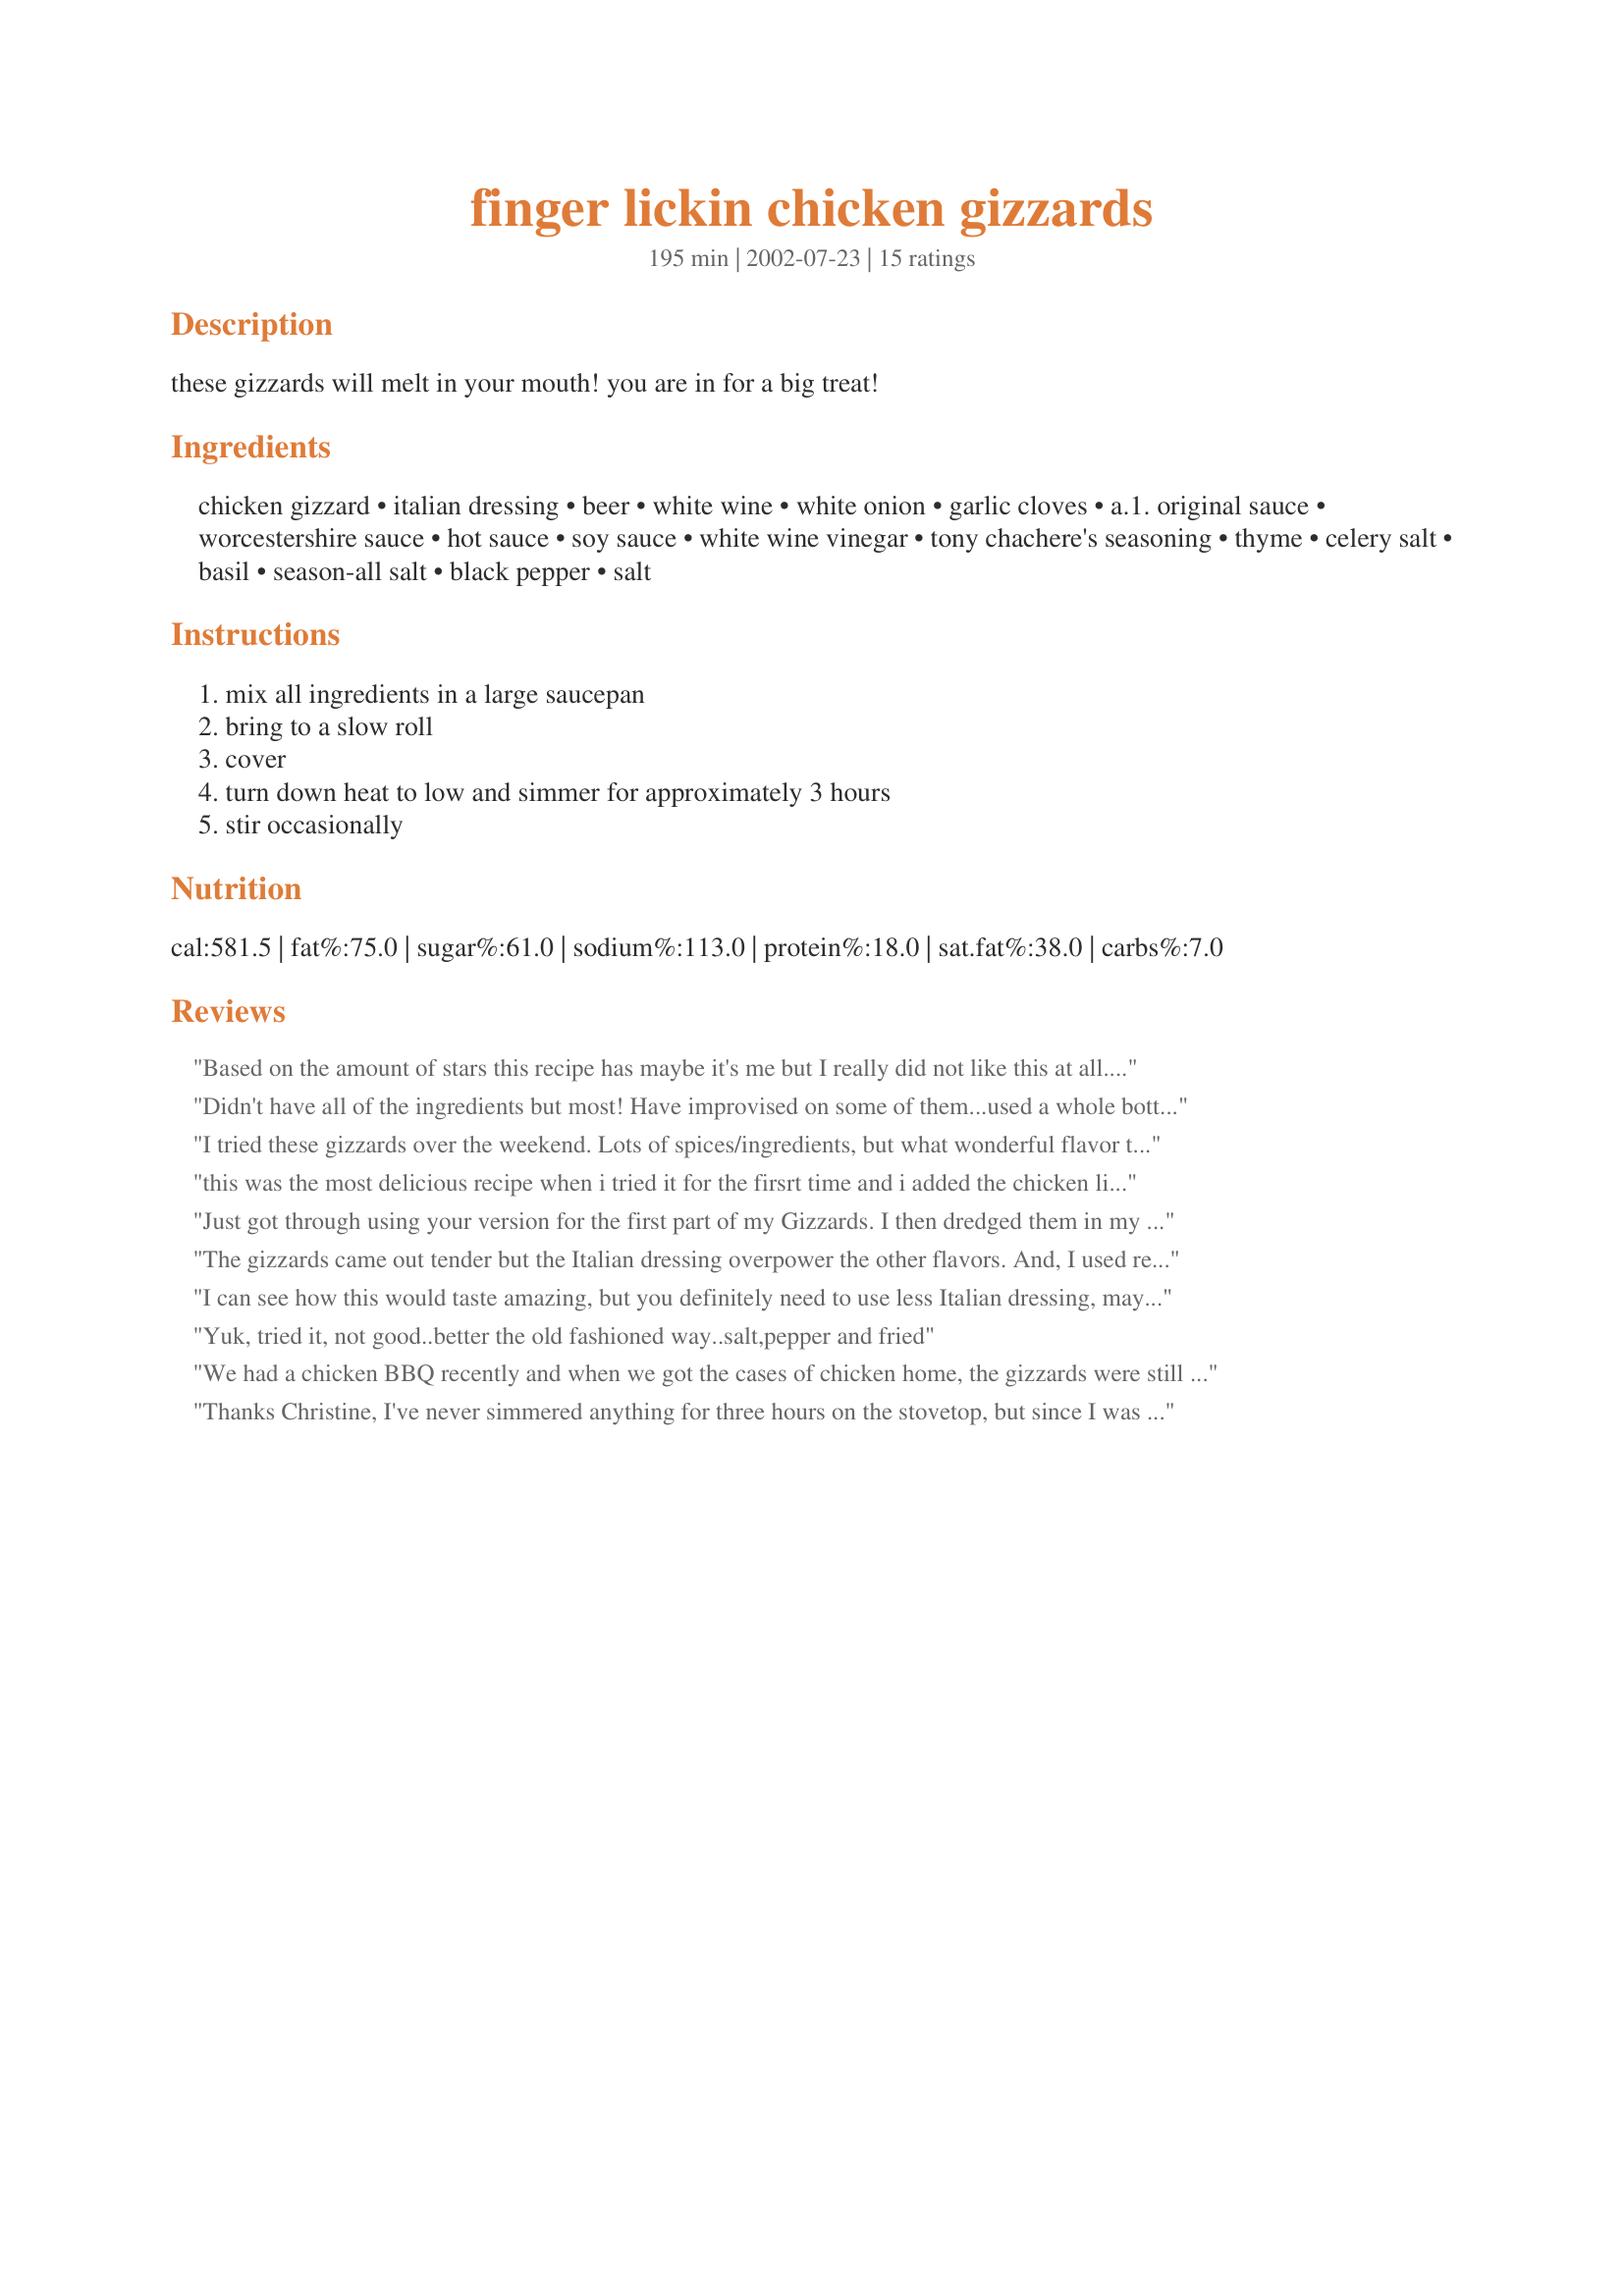
finger lickin chicken gizzards
Preparation time: 195 minutes

these gizzards will melt in your mouth! you are in for a big treat!

Ingredients:
chicken gizzard, italian dressing, beer, white wine, white onion, garlic cloves, a.1. original sauce, worcestershire sauce, hot sauce, soy sauce, white wine vinegar, tony chachere's seasoning, thyme, celery salt, basil, season-all salt, black pepper, salt

Steps:
mix all ingredients in a large saucepan, bring to a slow roll, cover, turn down heat to low and simmer for approximately 3 hours, stir occasionally

Reviews:
Based on the amount of stars this recipe has maybe it's me but I really did not like this at all. Full disclosure: I used only 12 oz of Italian dressing, a whole bottle of beer, a different hot sauce and cooked it in the crock pot for 3 hours. The gizzards were very tender but that's the only nice thing I can say. It was too salty for my tastes (oh, didn't add salt or celery salt but DID add all the other salty bits- soy sauce, Tony C's seasoning, Season-all salt.) And I think that Italian dressing just threw the whole thing off.<br/><br/>Sorry to be so harsh but this is just bad. And maybe it's me because everyone else seemed to enjoy it.
Didn't have all of the ingredients but most! Have improvised on some of them...used a whole bottle of beer, fat free Italian dressing and balsamic vinegar. I added two lamb hearts to the mix AND I minced up the gizzards in my food processor before adding them to the sauce. This will ensure they are tender and nice as well as making it easier for me to use the recipe as a filling for fresh buns with salad...YUM
I tried these gizzards over the weekend. Lots of spices/ingredients, but what wonderful flavor they had, and oh, so tender. I will definately make these again. Thanks for posting!
this was the most delicious recipe when i tried it for the firsrt time and i added the chicken liver to this recipe and it came out even more delicious and the sauce i made it thicker by adding the beer at the end and added more a1 and hot sauce to make sauce thick and it was really finger licking good.
Just got through using your version for the first part of my Gizzards. I then dredged them in my usual bath and seasoned flour mixture and fried them a few minutes on each side. 8 year old son (who hates gizzards) thinks this is the best thing he has ever had. I tried them before and they were wonderful as well. I knew he wouldn't eat them that way so I finished my usual way and told him they were small steak fingers. White lie. Thanks for making my gizzard experience much less crunchy than normal. These ended up with the texture of a liver almost. I love them. Thanks.
The gizzards came out tender but the Italian dressing overpower the other flavors. And, I used regular Italian dressing.
I can see how this would taste amazing, but you definitely need to use less Italian dressing, maybe even 8 ounces and replace the missing liquid with a chicken or veggie both. The dressing over powers everything, makes it almost sour. Potential 5 Star. Gizzards aren&#039;t my thing, but these were perfect if only a different taste.
Yuk, tried it, not good..better the old fashioned way..salt,pepper and fried
We had a chicken BBQ recently and when we got the cases of chicken home, the gizzards were still in the boxes. The guys wanted them cooked up, so I found this recipe. I'm basing this review on the comments from everybody, and from the smell of the brine before I added the gizzards to it. It was fabulous!! Everyone loved them! I'm not a fan of gizzards so needless to say, I didn't taste them. However, I am going to make the broth and cook some chicken in it the way the recipe specifies. The gizzards were very soft and tender, not dry. It was the hit of the party, so if you are into gizzards, try them...they all said it was great!!
Thanks Christine, I've never simmered anything for three hours on the stovetop, but since I was feeling a little under the weather, I had the time. I have NEVER tasted gizzards so tender. Like the others have said - there are alot of ingredients. I didn't have them all but had most and it was great! Served over crusty french bread rounds - the gravy is outstanding. And the dog really was interested in this recipe too. I've made dog cookies out of liver and she may have thought it was her special treat. I had less than a half bottle of zesty Italian dressing so I was low on that, went ahead and put a whole can of beer, but other than that - made as directed. Was a really good comfort food - you won't believe the tenderness!
I'm gonna agree with some of the other reviewers here, the Italian dressing was way too overpowering and would probably be better with at at most 12 Oz, but preferably less and substitute the missing dressing with chicken broth. Some heat did still filter through at least, but I'd also substituted Tabasco for the pick-a-pepper, not that I could tell flavor wise. The gizzards still tasted okay though if I patted off the sauce with a paper towel.
My husband has ALWAYS loved chicken gizzards, whereas I enjoy chicken livers. I've never cared much for the gizzards but THIS recipe was phenomenal. He loves them! And, besides having to hunt down the creole seasoning, the recipe was easy. THANK YOU, THANK YOU. This is DEFINITELY a keeper. If my husband could rate this, he would give it FIVE STARS!!!!
I like gizzards, but these were extra good. A lot of ingredients in the sauce but really very tasty.
Wonderfully tender, not chewy at all, but I used Zesty Italian dressing and it over-powered all the other flavors - a little too tangy for me. Next time, I will use less!
I live alone, so it is hard not to over indulge.....So, I do! These gizzards and hearts (which I added to the gizzards) were far too good to not make a staple in my monthly menu! I did change a couple of things, but the basis for this wonderful meal is credited to Mrs. Bettiga. I used vinaigrette in place of white wine and added chutney and a small bit of smoke which turned out to be excellence additions to my taste buds. Thanks, once again.
